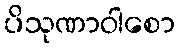
ပိသုဏာဝါစော